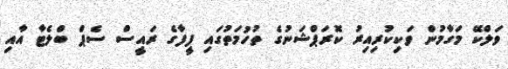
ވަލްކޭ މަގާމުން ވަކިކުރިއިރު ކޮރަޕްޝަނުގެ ތުހުމަތުގައި ފީފާގެ ރައީސް ސެޕް ބްލެޓާ އާއި